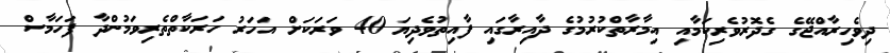
ދިވެހިރާއްޖޭގެ ގެދޮރުވެރިކަމާއި އިމާރާތްކުރުމުގެ ދާއިރާގައި ފާއިތުވެދިޔަ 40 ވަރަކަށް އަހަރު ހަރަކާތްތެރިވަމުންދާ ފަހަމާސް